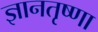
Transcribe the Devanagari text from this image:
ज्ञानतृष्णा